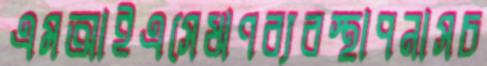
এমআইএসেঋণব্যবস্থাপনাসচ